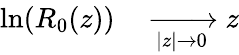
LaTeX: \begin{array}{rl}{\ln(R_{0}(z))}&{{}\xrightarrow[|z|\to 0]{}z}\end{array}